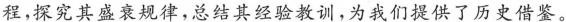
程，探究其盛衰规律，总结其经验教训，为我们提供了历史借鉴。